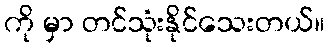
ကို မှာ တင်သုံးနိုင်သေးတယ်။